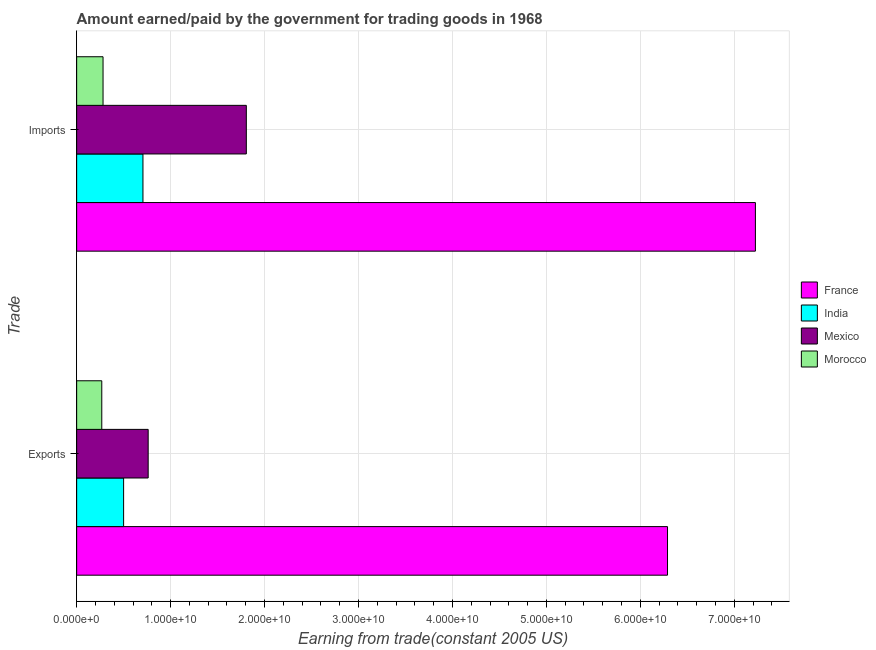
| Trade | France | India | Mexico | Morocco |
 | --- | --- | --- | --- | --- |
 | Exports | 6.29e+10 | 5e+09 | 7.61e+09 | 2.67e+09 |
 | Imports | 7.22e+10 | 7.06e+09 | 1.81e+10 | 2.81e+09 |